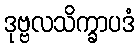
ဒုဗ္ဗလသိက္ခာပဒံ